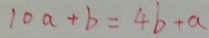
1 0 a + b = 4 b + a